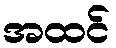
အထင်